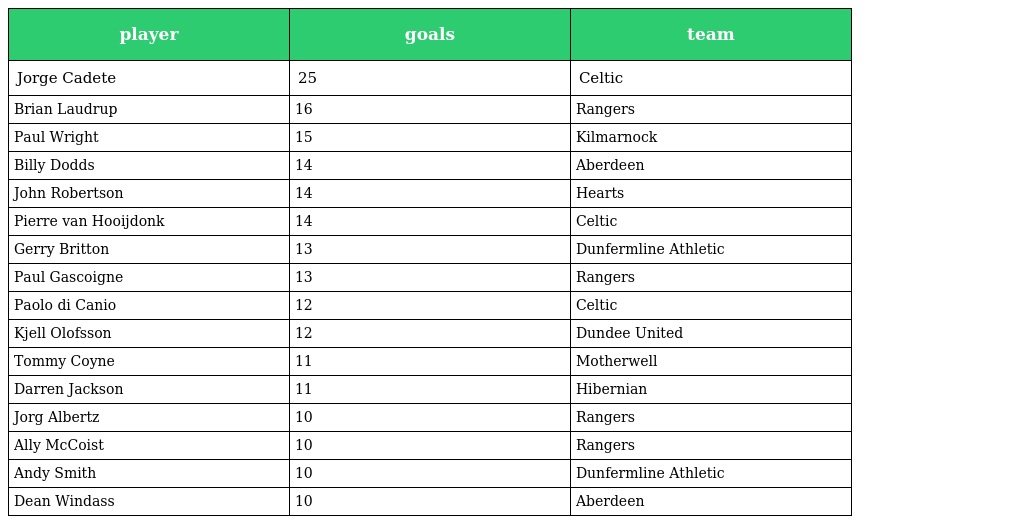
| player | goals | team |
 | --- | --- | --- |
 | Jorge Cadete | 25 | Celtic |
 | Brian Laudrup | 16 | Rangers |
 | Paul Wright | 15 | Kilmarnock |
 | Billy Dodds | 14 | Aberdeen |
 | John Robertson | 14 | Hearts |
 | Pierre van Hooijdonk | 14 | Celtic |
 | Gerry Britton | 13 | Dunfermline Athletic |
 | Paul Gascoigne | 13 | Rangers |
 | Paolo di Canio | 12 | Celtic |
 | Kjell Olofsson | 12 | Dundee United |
 | Tommy Coyne | 11 | Motherwell |
 | Darren Jackson | 11 | Hibernian |
 | Jorg Albertz | 10 | Rangers |
 | Ally McCoist | 10 | Rangers |
 | Andy Smith | 10 | Dunfermline Athletic |
 | Dean Windass | 10 | Aberdeen |